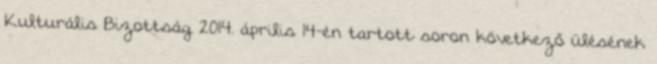
Kulturális Bizottság 2014. április 14-én tartott soron következő ülésének